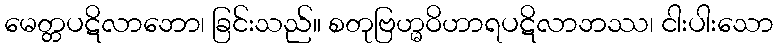
မေတ္တပဋိလာဘော၊ ခြင်းသည်။ စတုဗြဟ္မဝိဟာရပဋိလာဘဿ၊ ငါးပါးသော